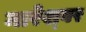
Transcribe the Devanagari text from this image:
नारेश्‍वर